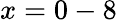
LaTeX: x=0-8